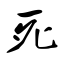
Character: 死